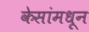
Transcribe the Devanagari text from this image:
केसांमधून